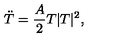
\ddot { T } = \frac { A } { 2 } T | T | ^ { 2 } ,